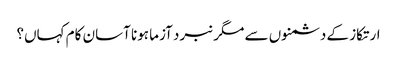
ارتکاز کے دشمنوں سے مگر نبرد آزما ہونا آسان کام کہاں؟